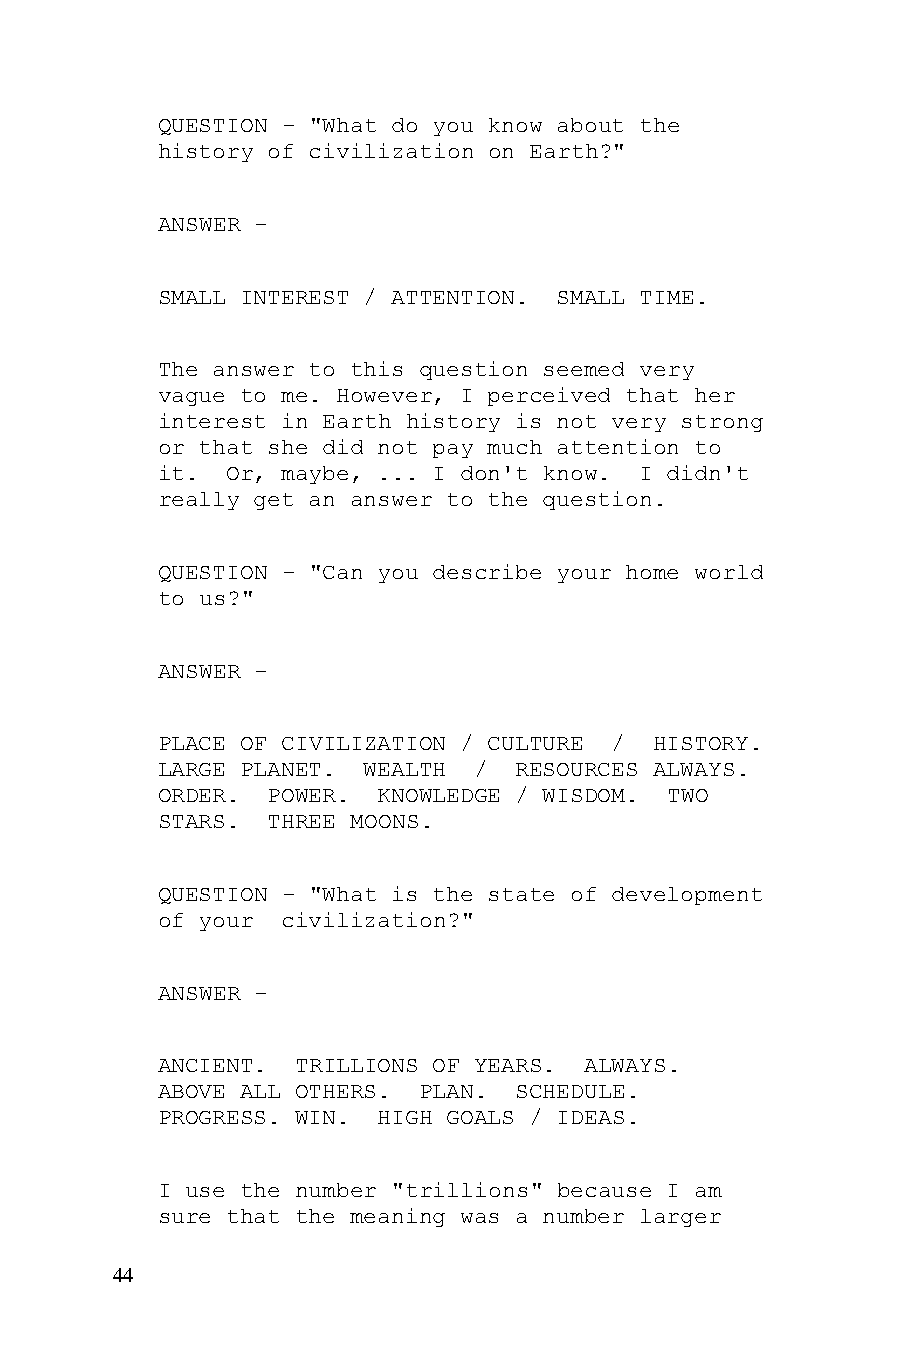
QUESTION - "What do you know about the
 history of civilization on Earth?"
 ANSWER -
 SMALL INTEREST / ATTENTION. SMALL TIME.
 The answer to this question seemed very
 vague to me. However, I perceived that her
 interest in Earth history is not very strong
 or that she did not pay much attention to
 it.  Or, maybe, ... I don't know. I didn't
 really get an answer to the question.
 QUESTION - "Can you describe your home world
 to us?"
 ANSWER -
 PLACE OF CIVILIZATION / CULTURE / HISTORY.
 LARGE PLANET. WEALTH /  RESOURCES ALWAYS.
 ORDER.  POWER. KNOWLEDGE / WISDOM. TWO
 STARS.  THREE MOONS.
 QUESTION - "What is the state of development
 of your  civilization?"
 ANSWER -
 ANCIENT.  TRILLIONS OF YEARS. ALWAYS.
 ABOVE ALL OTHERS. PLAN. SCHEDULE.
 PROGRESS. WIN. HIGH GOALS / IDEAS.
 I use the number "trillions" because I am
 sure that the meaning was a number larger
 44